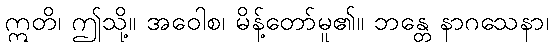
ဣတိ၊ ဤသို့။ အဝေါစ၊ မိန့်တော်မူ၏။ ဘန္တေ နာဂသေနာ၊